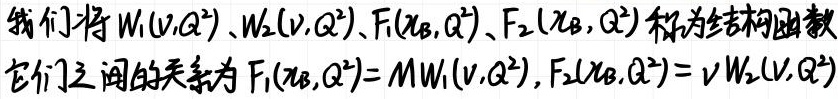
我们将$W_1(\nu,Q^2)$、$W_2(\nu,Q^2)$、$F_1(x_B,Q^2)$、$F_2(x_B,Q^2)$称为结构函数，它们之间的关系为$F_1(x_B,Q^2)=M W_1(\nu,Q^2)$，$F_2(x_B,Q^2)=\nu W_2(\nu,Q^2)$。